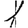
Digit: 1